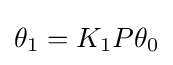
\theta _{1}=K_{1}P\theta _{0}